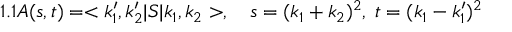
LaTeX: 1 . 1 A ( s , t ) = < k _ { 1 } ^ { \prime } , k _ { 2 } ^ { \prime } | S | k _ { 1 } , k _ { 2 } > , \quad s = ( k _ { 1 } + k _ { 2 } ) ^ { 2 } , \; t = ( k _ { 1 } - k _ { 1 } ^ { \prime } ) ^ { 2 }